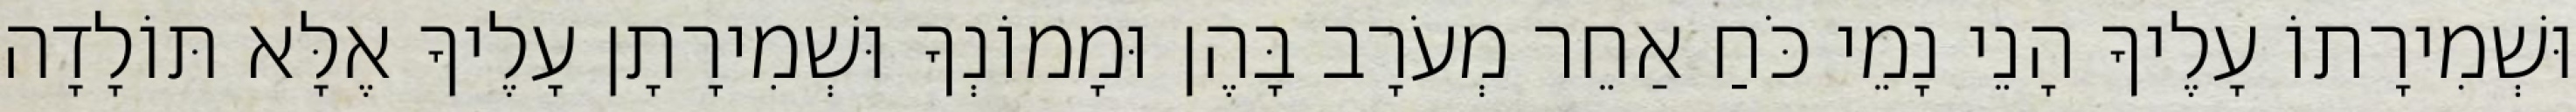
וּשְׁמִירָתוֹ עָלֶיךָ הָנֵי נָמֵי כֹּחַ אַחֵר מְעֹרָב בָּהֶן וּמָמוֹנְךָ וּשְׁמִירָתָן עָלֶיךָ אֶלָּא תּוֹלָדָה